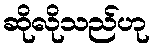
ဆိုလိုသည်ဟု